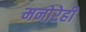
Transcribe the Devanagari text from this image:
मनोरेही